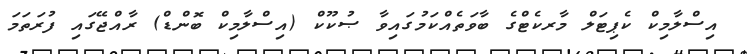
އިސްލާމިކް ކެޕިޓަލް މާރކެޓްގެ ބާވަތެއްކަމުގައިވާ ޞުކޫކް (އިސްލާމިކް ބޮންޑް) ރާއްޖޭގައި ފުރަތަމަ